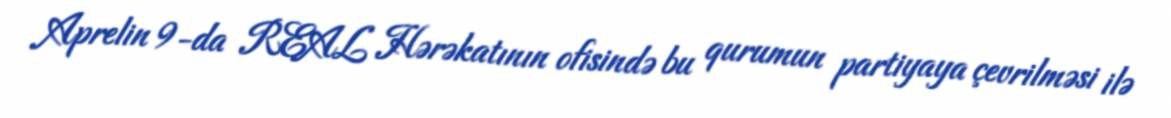
Aprelin 9-da REAL Hərəkatının ofisində bu qurumun partiyaya çevrilməsi ilə